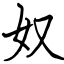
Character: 奴